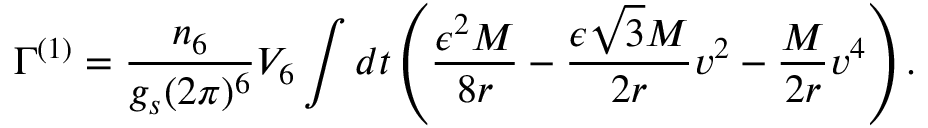
\Gamma ^ { ( 1 ) } = \frac { n _ { 6 } } { g _ { s } ( 2 \pi ) ^ { 6 } } V _ { 6 } \int d t \left( \frac { \epsilon ^ { 2 } M } { 8 r } - \frac { \epsilon \sqrt { 3 } M } { 2 r } v ^ { 2 } - \frac { M } { 2 r } v ^ { 4 } \right) .